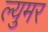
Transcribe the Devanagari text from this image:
ल्युमर